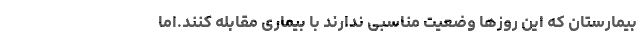
بیمارستان که این روزها وضعیت مناسبی ندارند با بیماری مقابله کنند.اما